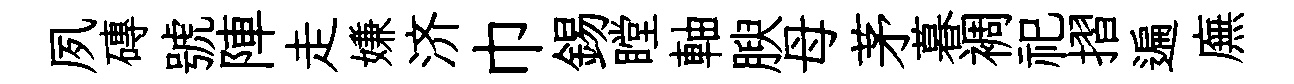
夙磚號陣走嫌济巾錫瞠軸腴母茅暮裯祀摺遍廡